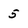
Character: 5